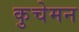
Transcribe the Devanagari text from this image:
कुचेमन